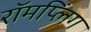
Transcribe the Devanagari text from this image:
रॉमप्लिंग